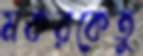
মকরকেতুু